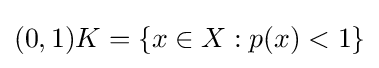
{\textstyle (0,1)K=\{x\in X:p(x)<1\}}